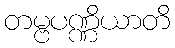
တမ္ဗပဏ္ဏိယာတိ